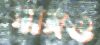
গাঙ্গও